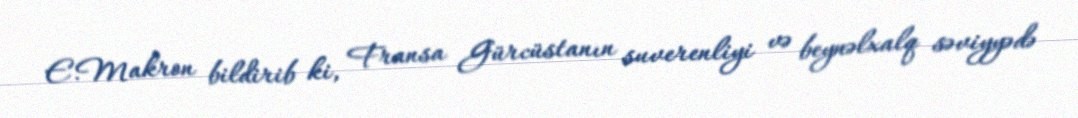
E.Makron bildirib ki, Fransa Gürcüstanın suverenliyi və beynəlxalq səviyyədə